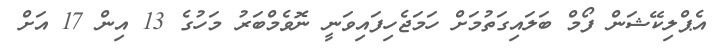
އެޕްލިކޭޝަން ފޯމް ބަލައިގަތުމަށް ހަމަޖެހިފައިވަނީ ނޮވެމްބަރު މަހުގެ 13 އިން 17 އަށް